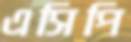
এসিপি